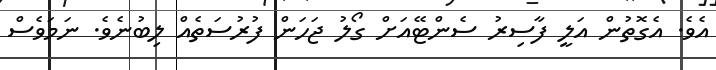
އެވެ. އެގޮތުން އަލީ ފާސިރު ސެންޓޭއަށް ގޯލު ޖަހަން ފުރުސަތެއް ލިބުނެވެ. ނަމަވެސް